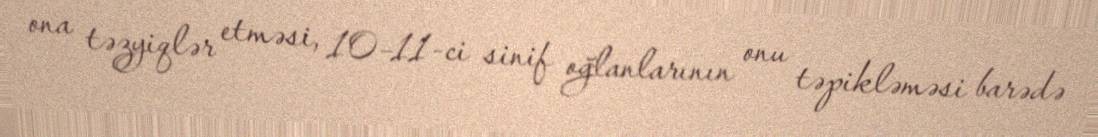
ona təzyiqlər etməsi, 10–11-ci sinif oğlanlarının onu təpikləməsi barədə